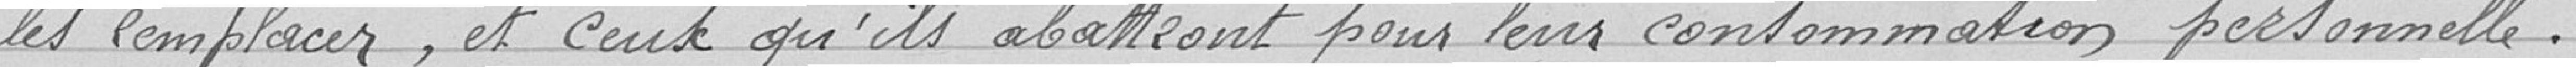
les remplacer, et ceux qu'ils abattront pour leur consommation personnelle.